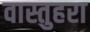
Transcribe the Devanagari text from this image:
वास्तुहरा